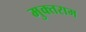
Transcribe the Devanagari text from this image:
मुक्तराम